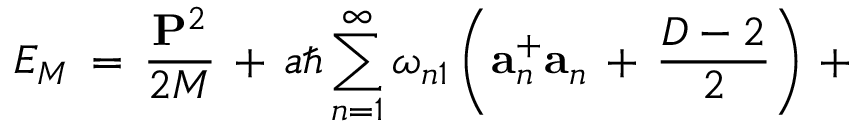
E _ { M } \, = \, \frac { { \bf P } ^ { 2 } } { 2 M } \, + \, a \hbar \sum _ { n = 1 } ^ { \infty } \omega _ { n 1 } \left( { \bf a } _ { n } ^ { + } { \bf a } _ { n } \, + \, \frac { D - 2 } { 2 } \right) \, +